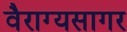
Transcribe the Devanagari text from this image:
वैराग्यसागर